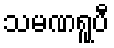
သမဏရူပီ